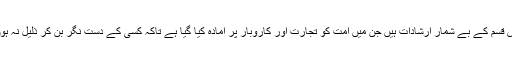
اس قسم کے بے شمار ارشادات ہیں جن میں امت کو تجارت اور کاروبار پر آمادہ کیا گیا ہے تاکہ کسی کے دست نگر بن کر ذلیل نہ ہوں۔